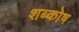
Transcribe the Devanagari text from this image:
शब्कोष